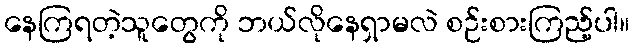
နေကြရတဲ့သူတွေကို ဘယ်လိုနေရှာမလဲ စဉ်းစားကြည့်ပါ။